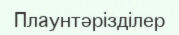
Плаунтәрізділер